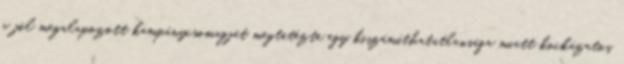
a jól megalapozott kampánycsomagját megtetézte egy kiszámíthatatlansága miatt kockázatos